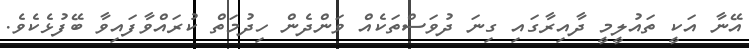
އޭނާ އަކީ ތައުލީމީ ދާއިރާގައި ގިނަ ދުވަސްތަކެއް ވަންދެން ހިދުމަތް ކުރައްވާފައިވާ ބޭފުޅެކެވެ.